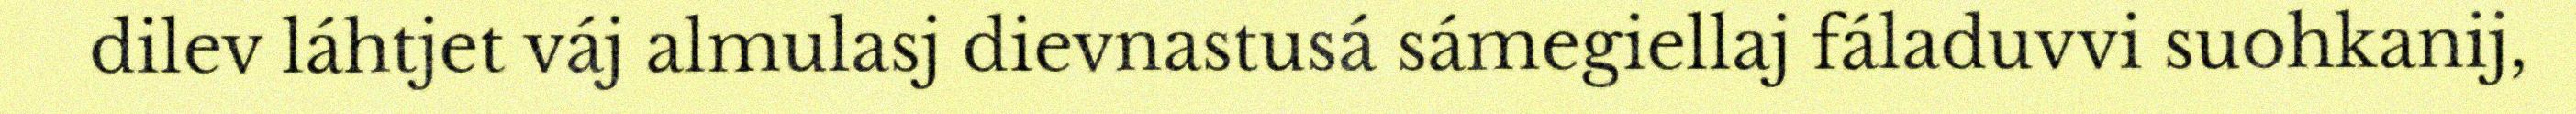
dilev láhtjet váj almulasj dievnastusá sámegiellaj fáladuvvi suohkanij,